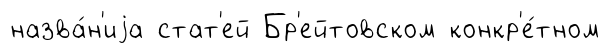
назва́н'иjа стат'ей Бр'ейтовском конкр'е́тном